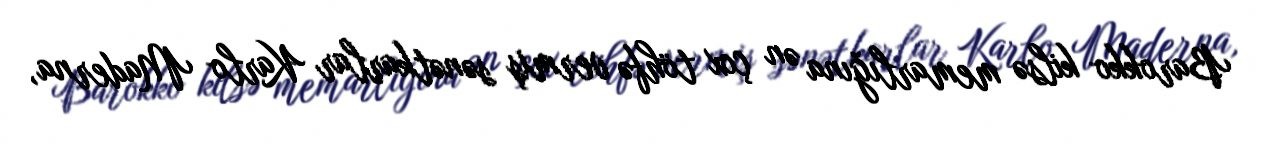
Barokko kilsə memarlığına ən çox töhfə vermiş sənətkarlar Karlo Maderna,